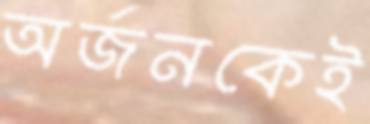
অর্জনকেই